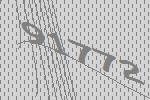
91772